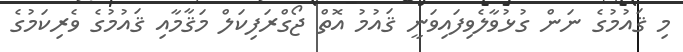
މި ޤައުމުގެ ނަން ގުޅުވާލެވިފައިވަނީ ޤައުމު އޮތް ޖޯގްރަފިކަލް މަޤާމާއި ޤައުމުގެ ވެރިކަމުގެ